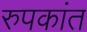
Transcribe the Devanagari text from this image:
रुपकांत